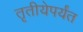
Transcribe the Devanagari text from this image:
तृतीयेपर्यंत